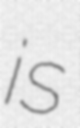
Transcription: is